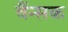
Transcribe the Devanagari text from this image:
वैंन्सक